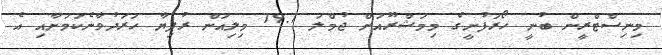
މިނިސްޓްރީން ބުނީ ހޯރަފުށީގެ މިމަޝްރޫއަށް ޖުމްލަ 19.1 މިލިއަން ރުފިޔާ ހަރަދުވާނެކަމަށާއި އެ